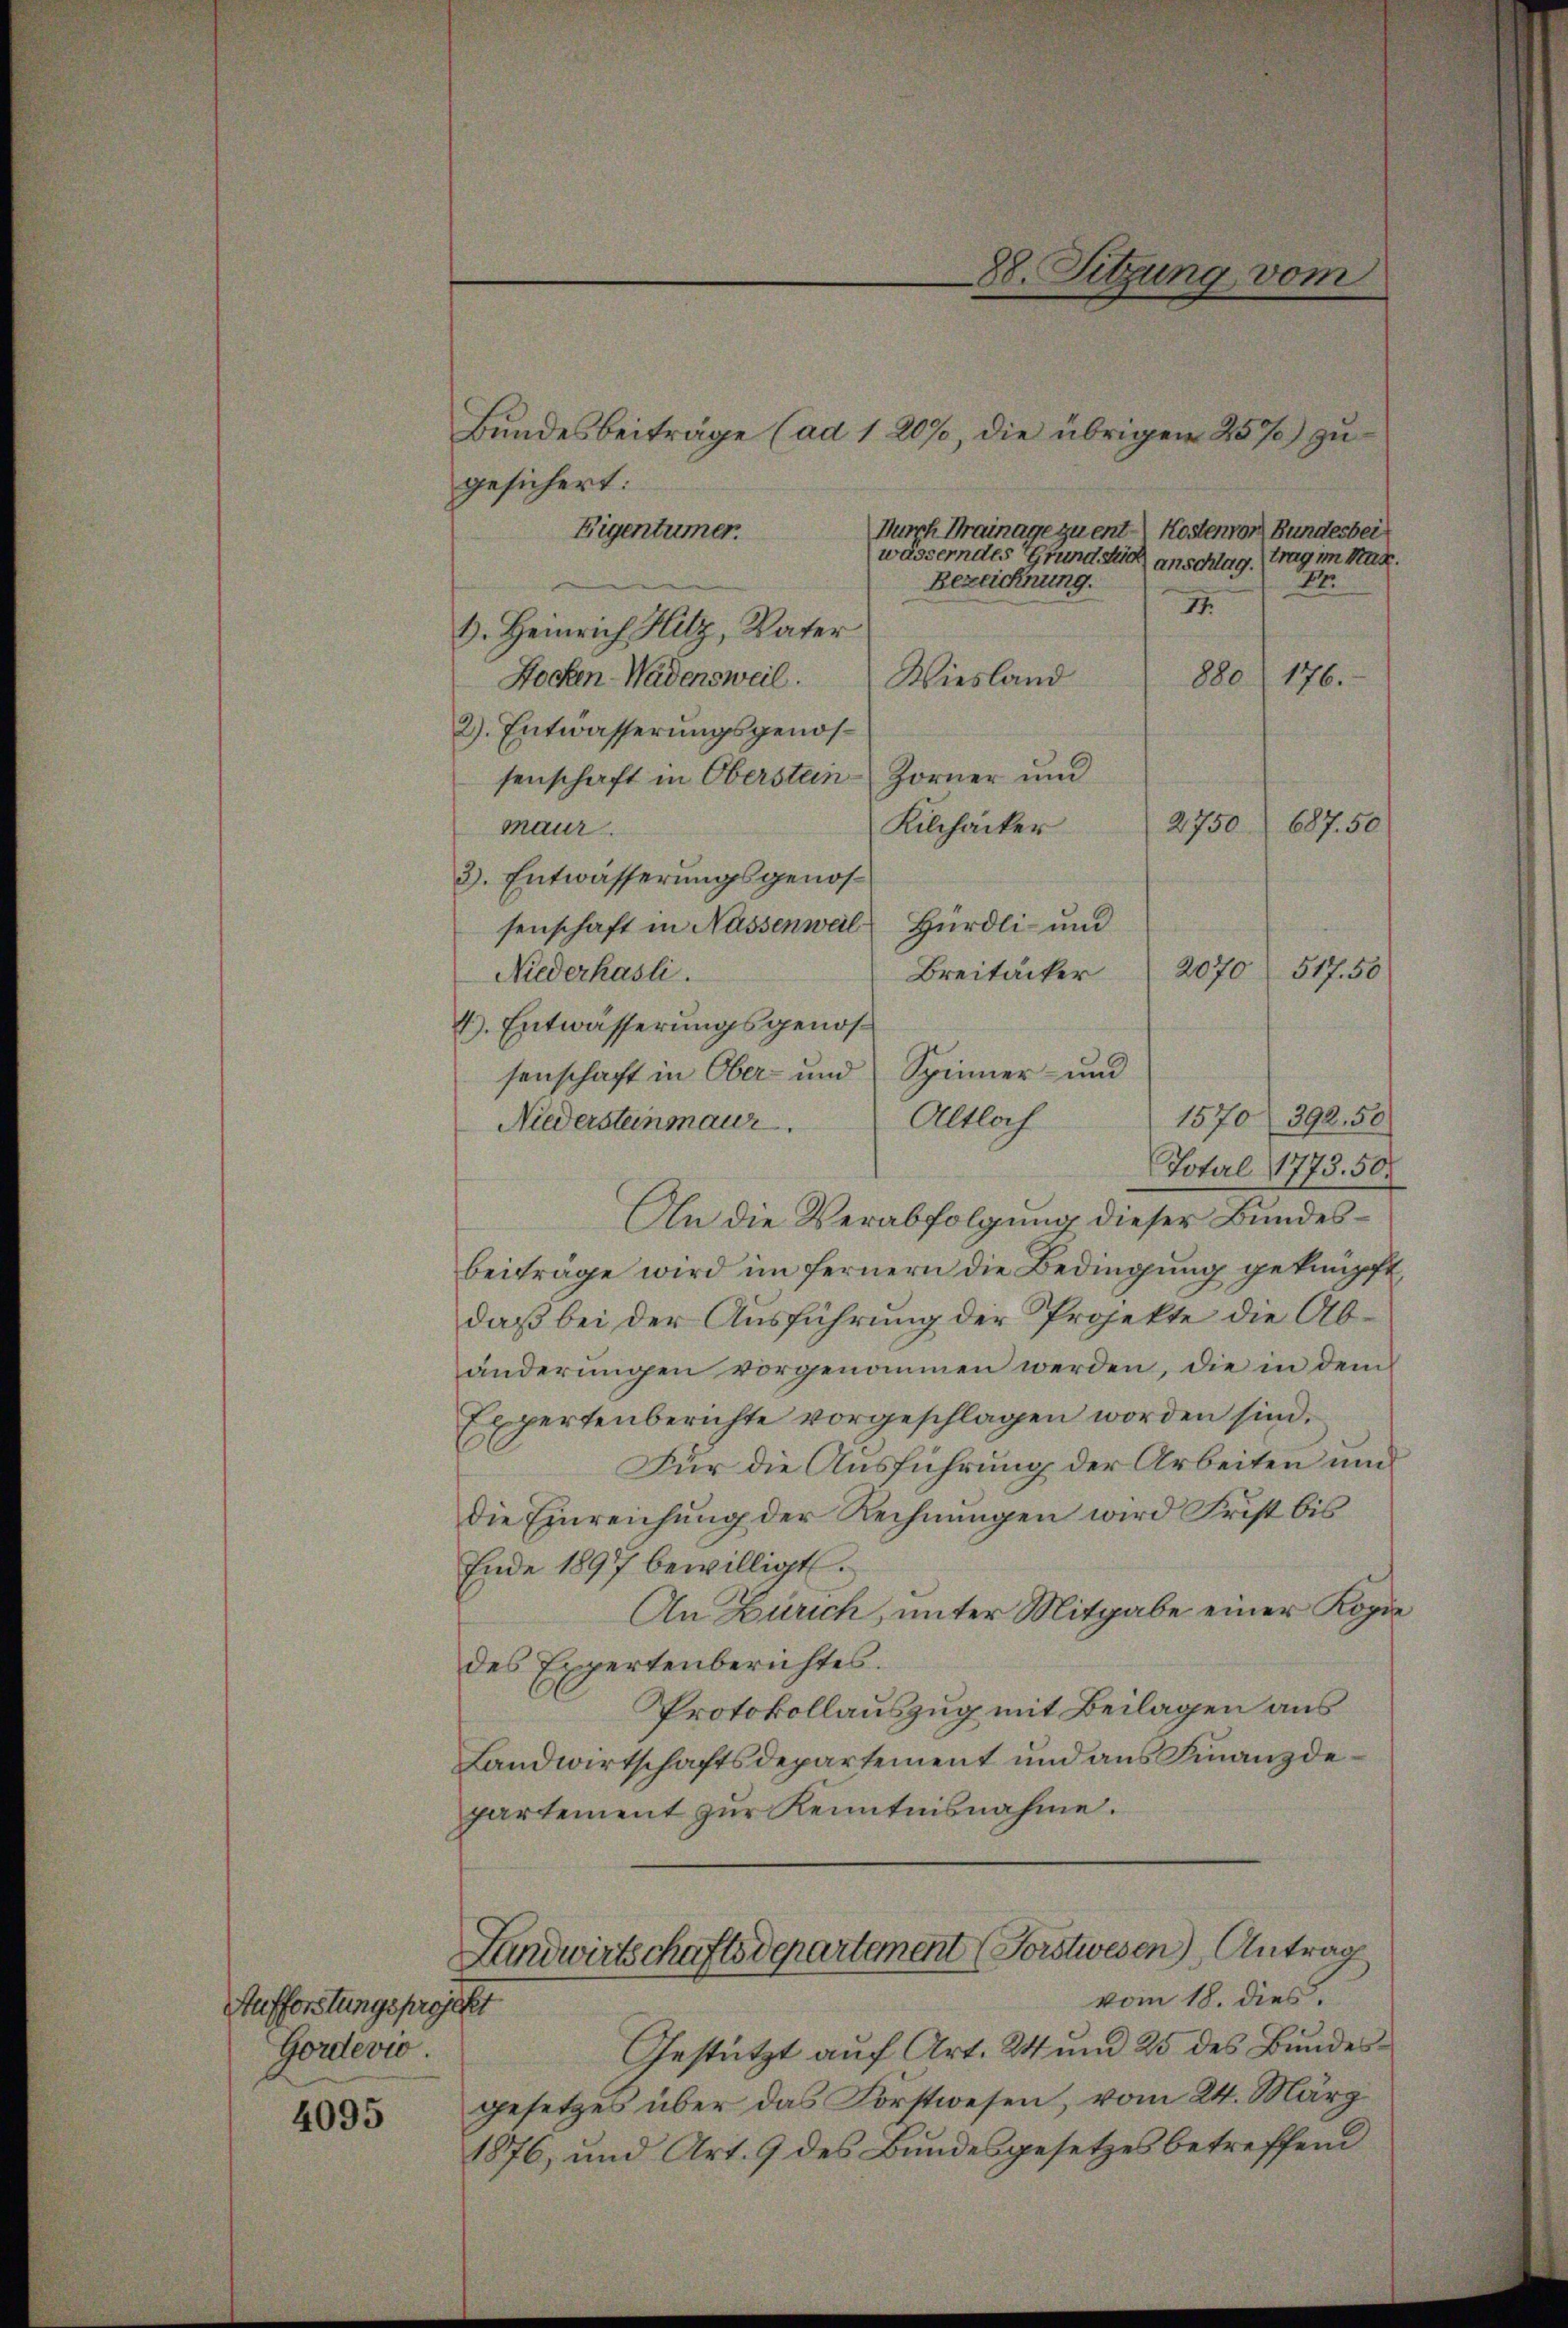
Aufforstungsprojekt
Gordevio.
4095

Bundesbeiträge (ad 1 20%, die übrigen 25%) zu
gesichert:
Durch Drainage zu ent Kostenvon Bundesbei
Eigentümer.
wässerndes Grund such anschlag, trag im Mag.
Bezeichnung.
1. Heinrich Hitz, Vater
Hochen Wädensweil. Wiesland
2). Entwässerungsgenös¬
Zorner und
senschaft in Oberstan¬
Kilchäcker
maur.
3). Entwässerungsgenossenschaft in Nassenweil Hürdli- und
Niederhasli.
Breitäcker
4). Entwässerungsgenossenschaft in Ober- und Spinner- und
Altloch
Niedersteinmaur.
Total 1773. 50.
An die Verabfolgung dieser Bundesbeiträge wird im fernern die Bedingung geknüpft,
daß bei der Ausführung der Projekte die Abänderungen vorgenommen werden, die in dem
Expertenberichte vorgeschlagen worden sind.
Für die Ausführung der Arbeiten und
die Einreichung der Rechnungen wird Frist bis
Ende 1897 bewilligt.
An Zürich, unter Mitgabe einer Kopie
des Expertenberichtes.
Protokollauszug mit Beilagen aus
Landwirtschaftsdepartement und aus Finanzdepartement zur Kenntnisnahme.
Landwirtschaftsdepartement (Forstwesen), Antrag
vom 18. dies
Gestützt auf Art. 24 und 25 des Bundesgesetzes über das Forstwesen, vom 24. März
1876, und Art. 9 des Bundesgesetzes betreffend

88. Sitzung vom

24.
II.
880 (176.

687. 50
2750

2070
517. 50

1570 392. 50